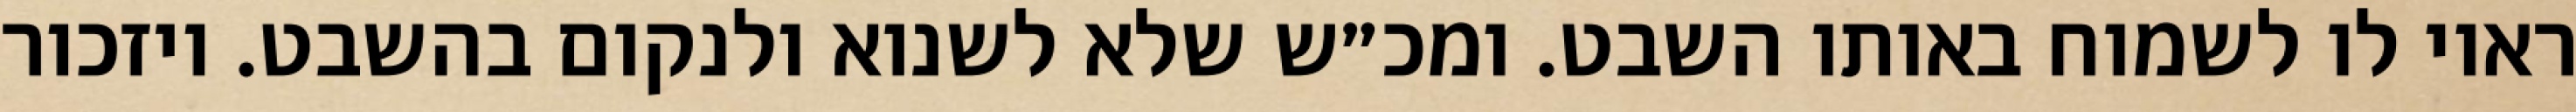
ראוי לו לשמוח באותו השבט. ומכ״ש שלא לשנוא ולנקום בהשבט. ויזכור